Annual administration report of the Civil Veterinary Department of India - 1897-1898
Year: 1897
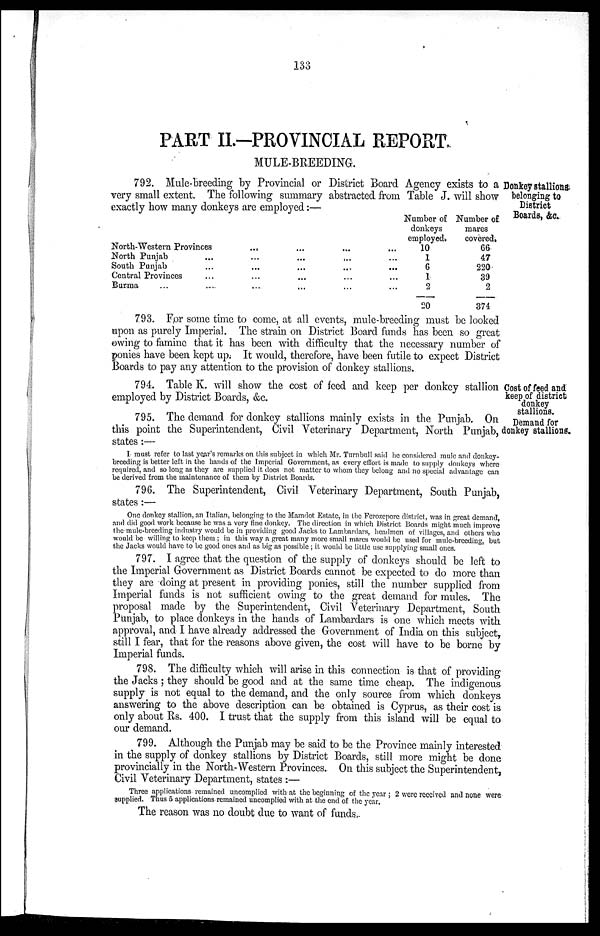
133
PART II.-PROVINCIAL REPORT
MULE-BREEDING.
Donkey stalliona
belonging to
District
Boards, &c.
792. Mule-breeding by Provincial or District Board Agency exists to a
very small extent. The following summary abstracted from Table J. will show
exactly how many donkeys are employed:—
North-Western Provinces
North Punjab...
South Punjab...
Central Provinces...
B u r m a . . .
...
...
...
...
....
...
...
...
...
...
...
...
...
...
...
...
...
...
...
...
Number of
donkeys
employed.
10
1
6
1
2
20
Number of.
mares
covered.
66
47
220
39
2
374
793. For some time to come, at all events, mule-breeding must be looked
upon as purely Imperial. The strain on District Board funds has been so great
owing to famine that it has been with difficulty that the necessary number of
ponies have been kept up. It would, therefore, have been futile to expect District
Boards to pay any attention to the provision of donkey stallions.
Cost of feed and
keep of district
donkey
stallions.
Demand for
donkey stallions.
794. Table K. will show the cost of feed and keep per donkey stallion
employed by District Boards, &c.
795. The demand for donkey stallions mainly exists in the Punjab. On
this point the Superintendent, Civil Veterinary Department, North Punjab,
states :—
I must refer to last year's remarks on this subject in which Mr. Turnbull said he considered mule and donkey-
breeding is better left in the hands of the Imperial Government, as every effort is made to supply donkeys where
required, and so long as they are supplied it does not matter to whom they belong and no special advantage can
be derived from the maintenance of them by District Boards.
796. The Superintendent, Civil Veterinary Department, South Punjab,
states :—
One donkey stallion, an Italian, belonging to the Mamdot Estate, in the Ferozepore district, was in great demand,
and did good work because he was a very fine donkey. The direction in which District Boards might much improve
the mule-breeding industry would be in providing good Jacks to Lambardars, headmen of villages, and others who
would be willing to keep them; in this way a great many more small mares would be used for mule-breeding, but
the Jacks would have to be good ones and as big as possible; it would be little use supplying small ones.
797. I agree that the question of the supply of donkeys should be left to
the Imperial Government as District Boards cannot be expected to do more than
they are doing at present in providing ponies, still the number supplied from
Imperial funds is not sufficient owing to the great demand for mules. The
proposal made by the Superintendent, Civil Veterinary Department, South
Punjab, to place donkeys in the hands of Lambardars is one which meets with
approval, and I have already addressed the Government of India on this subject,
still I fear, that for the reasons above given, the cost will have to be borne by
Imperial funds.
798. The difficulty which will arise in this connection is that of providing
the Jacks; they should be good and at the same time cheap. The indigenous
supply is not equal to the demand, and the only source from which donkeys
answering to the above description can be obtained is Cyprus, as their cost is
only about Rs. 400. I trust that the supply from this island will be equal to
our demand.
799. Although the Punjab may be said to be the Province mainly interested
in the supply of donkey stallions by District Boards, still more might be done
provincially in the North-Western Provinces. On this subject the Superintendent,
Civil Veterinary Department, states :—
Three applications remained uncomplied with at the beginning of the year; 2 were received and none were
supplied. Thus 5 applications remained uncomplied with at the end of the year,
The reason was no doubt due to want of funds.